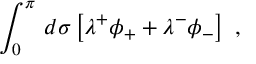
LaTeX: \int _ { 0 } ^ { \pi } \, d \sigma \left[ \lambda ^ { + } \phi _ { + } + \lambda ^ { - } \phi _ { - } \right] \ ,